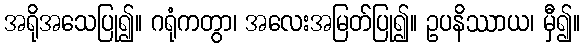
အရိုအသေပြု၍။ ဂရုံကတွာ၊ အလေးအမြတ်ပြု၍။ ဥပနိဿာယ၊ မှီ၍။